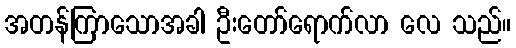
အတန်ကြာသောအခါ ဦးတော်ရောက်လာ လေ သည်။